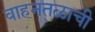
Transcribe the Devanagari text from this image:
वाहनतळाची